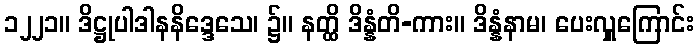
၁၂၂၁။ ဒိဋ္ဌုပါဒါနနိဒ္ဒေသေ၊ ၌။ နတ္ထိ ဒိန္နံတိ-ကား။ ဒိန္နံနာမ၊ ပေးလှူကြောင်း